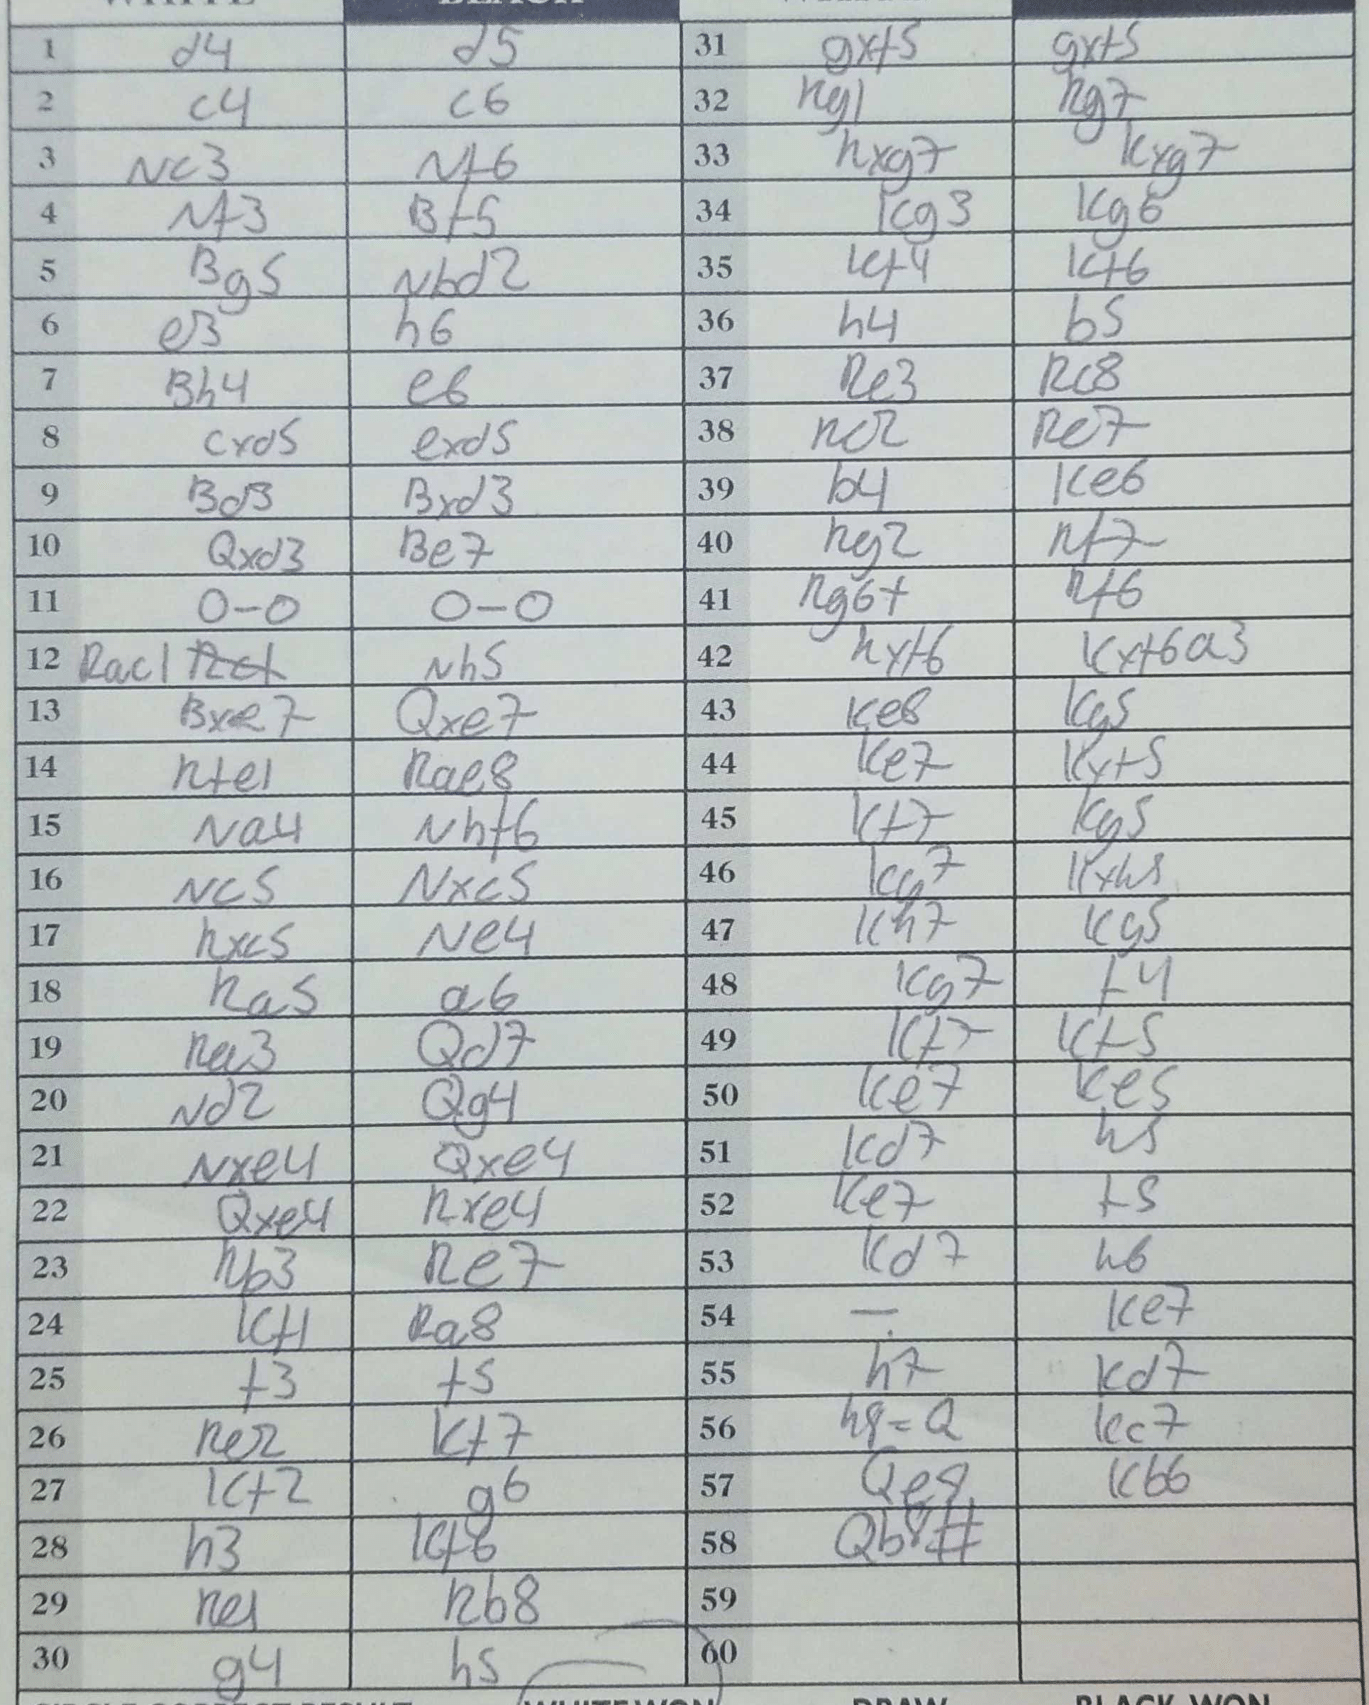
Moves: d4 d5 c4 c6 Nc3 Nf6 Nf3 Bf5 Bg5 Nbd2 e3 h6 Bh4 e6 cxd5 exd5 Bd3 Bxd3 Qxd3 Be7 O-O O-O Rac1 Nh5 Bxe7 Qxe7 Rfe1 Rae8 Na4 Nhf6 Nc5 Nxc5 Rxc5 Ne4 Ra5 a6 Ra3 Qd7 Nd2 Qd7 Nd2 Qxe4 Qxe4 Rxe4 Rb3 Re7 Kf1 Ra8 f3 f5 Re2 Kf7 Kf2 g6 h3 Kf6 Re1 Rb8 g4 h5 gxf5 gxf5 Rg1 Rg7 Rxg7 Kxg7 Kg3 Kg6 Kf4 Kf6 h4 b5 Re3 Rc8 Re2 Re7 b4 Ke6 Rg2 Rf7 Rg6+ Rf6 hxf6 Kxf6a3 Ke8 bg5 Ke7 Kxf5 Kf7 Kg5 Kg7 Kxh5 Kh7 Kg5 Kg7 f4 Kf7 Kf5 Ke7 Ke5 Kd7 h5 Ke7 f5 Kd7 h6 Ke7 h7 Kd7 h8=Q Kc7 Qe8 Kb6 Qb8#